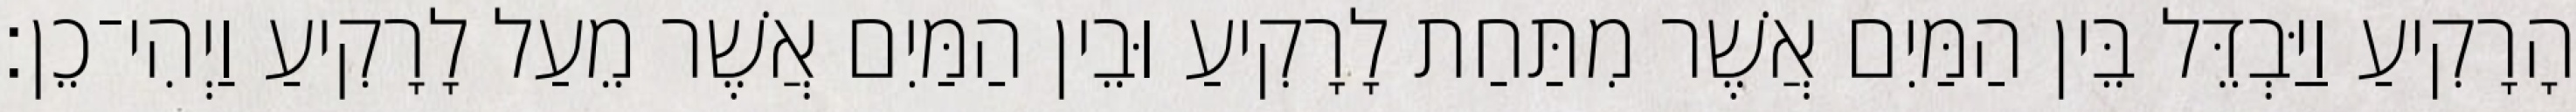
הָרָקִיעַ וַיַּבְדֵּל בֵּין הַמַּיִם אֲשֶׁר מִתַּחַת לָרָקִיעַ וּבֵין הַמַּיִם אֲשֶׁר מֵעַל לָרָקִיעַ וַיְהִי־כֵן׃